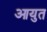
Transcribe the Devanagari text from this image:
आयुत